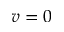
v = 0